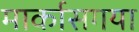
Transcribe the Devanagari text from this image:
मार्कासगया